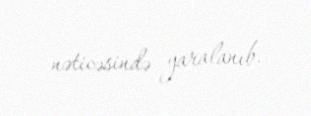
nəticəsində yaralanıb.